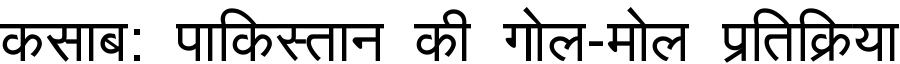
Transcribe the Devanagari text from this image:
कसाब: पाकिस्तान की गोल-मोल प्रतिक्रिया